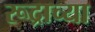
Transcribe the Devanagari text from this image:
रूद्राच्या